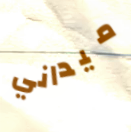
ميداني